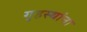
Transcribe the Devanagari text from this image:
गृहस्थांना